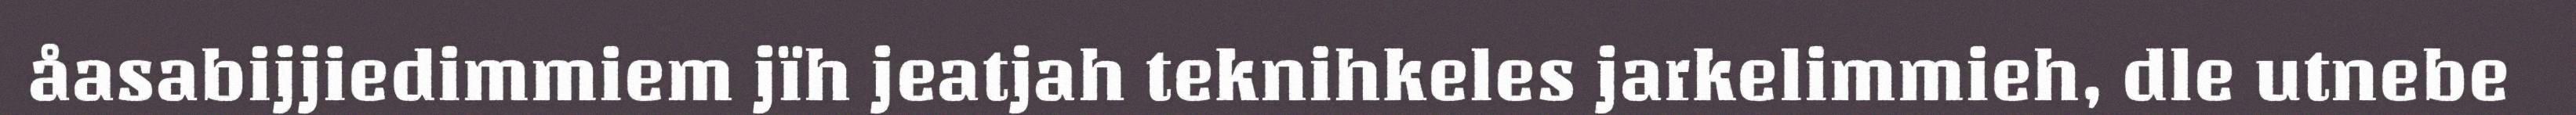
åasabijjiedimmiem jïh jeatjah teknihkeles jarkelimmieh, dle utnebe